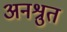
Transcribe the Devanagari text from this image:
अनश्रुत